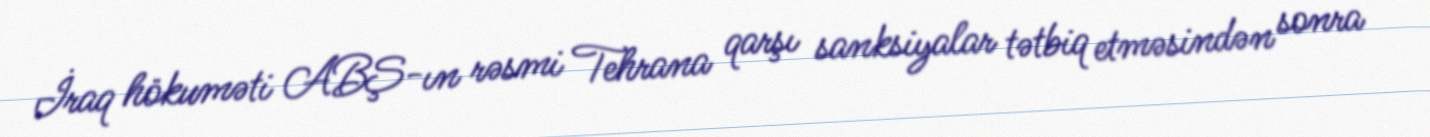
İraq hökuməti ABŞ-ın rəsmi Tehrana qarşı sanksiyalar tətbiq etməsindən sonra